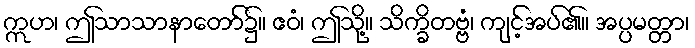
ဣဟ၊ ဤသာသာနာတော်၌။ ဧဝံ၊ ဤသို့။ သိက္ခိတဗ္ဗံ၊ ကျင့်အပ်၏။ အပ္ပမတ္တာ၊